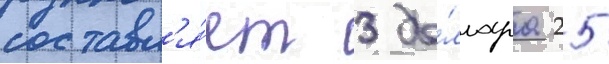
составл'я́ет 3 до́ллара 25